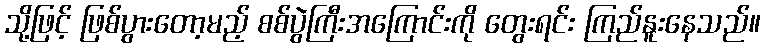
သို့ဖြင့် ဖြစ်ပွားတော့မည့် စစ်ပွဲကြီးအကြောင်းကို တွေးရင်း ကြည်နူးနေသည်။